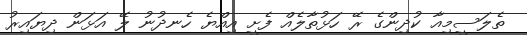
ތެލަސީމިއާ ކުދިންގެ ރޭ ހަޅުތާލެއް ފެށީ އިއްޔެ ހެނދުނު ލޭ އަޅަން ދިޔައިރު